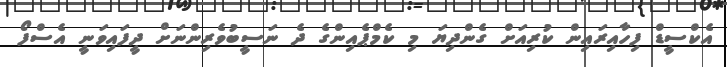
އެކްސީޑް ފިހާއިރައިން ކުރިއަށް ގެންދިޔަ މި ކެމްޕެއިންގެ ދެ ނަސީބުވެރިންނަށް ދީފައިވަނީ އެސްފޯ